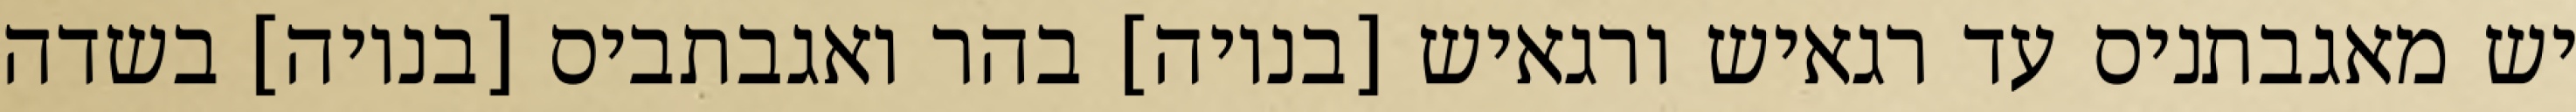
יש מאגבתניס עד רגאיש ורגאיש [בנויה] בהר ואגבתביס [בנויה] בשדה